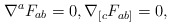
\begin{align*}\nabla^a F_{ab}&=0,\nabla_{[c}F_{ab]}=0,\end{align*}